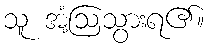
သူ အံ့ဩသွားရ၏။